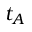
t _ { A }